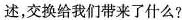
述，交换给我们带来了什么?